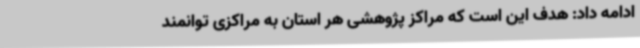
ادامه داد: هدف این است که مراکز پژوهشی هر استان به مراکزی توانمند